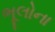
ભૂલોના